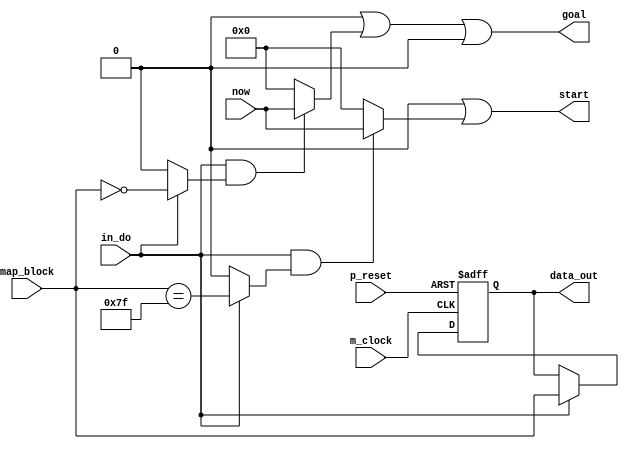

/*Produced by NSL Core(version=20240424), IP ARCH, Inc. Sun May 26 17:43:36 2024
 Licensed to :EVALUATION USER*/
/*
 DO NOT USE ANY PART OF THIS FILE FOR COMMERCIAL PRODUCTS. 
*/

module seach_block ( p_reset , m_clock , map_block , now , start , goal , data_out , in_do );
  input p_reset, m_clock;
  wire p_reset, m_clock;
  input [7:0] map_block;
  wire [7:0] map_block;
  input [7:0] now;
  wire [7:0] now;
  output [7:0] start;
  wire [7:0] start;
  output [7:0] goal;
  wire [7:0] goal;
  output [7:0] data_out;
  wire [7:0] data_out;
  input in_do;
  wire in_do;
  reg [7:0] data_reg;
  wire [6:0] _net_0;
  wire _net_1;
  wire _net_2;
  wire _net_4;
  wire _net_5;

   assign  _net_0 = ({({1'b1,1'b1,1'b1,1'b1,1'b1,1'b1}),1'b1});
   assign  _net_1 = 
// synthesis translate_off
// synopsys translate_off
(in_do)? 
// synthesis translate_on
// synopsys translate_on
((in_do)?(map_block==({1'b0,_net_0})):1'b0)
// synthesis translate_off
// synopsys translate_off
:1'bx
// synthesis translate_on
// synopsys translate_on
;
   assign  _net_2 = 
// synthesis translate_off
// synopsys translate_off
(in_do)? 
// synthesis translate_on
// synopsys translate_on
((in_do)?(map_block==({({1'b0,1'b0,1'b0,1'b0,1'b0,1'b0,1'b0}),1'b0})):1'b0)
// synthesis translate_off
// synopsys translate_off
:1'bx
// synthesis translate_on
// synopsys translate_on
;

// synthesis translate_off
// synopsys translate_off
always @(posedge m_clock)
  begin
    if((in_do&_net_2))
    begin
    $display("%h,%dgoal,%d",map_block,now,data_reg);
    end
  end

// synthesis translate_on
// synopsys translate_on
   assign  _net_4 = 
// synthesis translate_off
// synopsys translate_off
(in_do)? 
// synthesis translate_on
// synopsys translate_on
((in_do)?((map_block[7])==1'b1):1'b0)
// synthesis translate_off
// synopsys translate_off
:1'bx
// synthesis translate_on
// synopsys translate_on
;
   assign  _net_5 = 
// synthesis translate_off
// synopsys translate_off
(in_do)? 
// synthesis translate_on
// synopsys translate_on
((in_do)?((map_block[6:5])==2'b10):1'b0)
// synthesis translate_off
// synopsys translate_off
:1'bx
// synthesis translate_on
// synopsys translate_on
;

// synthesis translate_off
// synopsys translate_off
always @(posedge m_clock or posedge p_reset)
  begin
if (((((in_do&_net_5)&(in_do&_net_4))|(((in_do&_net_5)|(in_do&_net_4))&(in_do&_net_2)))|((((in_do&_net_5)|(in_do&_net_4))|(in_do&_net_2))&(in_do&_net_1))))
 begin $display("Warning: assign collision(seach_block:start) at %d",$time);
if ((in_do&_net_5)) $display("assert ((in_do&_net_5)) line 22 at %d\n",$time);
if ((in_do&_net_4)) $display("assert ((in_do&_net_4)) line 18 at %d\n",$time);
if ((in_do&_net_2)) $display("assert ((in_do&_net_2)) line 13 at %d\n",$time);
if ((in_do&_net_1)) $display("assert ((in_do&_net_1)) line 9 at %d\n",$time);
 end
 end

// synthesis translate_on
// synopsys translate_on
   assign  start = 
// synthesis translate_off
// synopsys translate_off
(((((in_do&_net_5)&(in_do&_net_4))|(((in_do&_net_5)|(in_do&_net_4))&(in_do&_net_2)))|((((in_do&_net_5)|(in_do&_net_4))|(in_do&_net_2))&(in_do&_net_1))))? 8'bx :(((((in_do&_net_5)|(in_do&_net_4))|(in_do&_net_2))|(in_do&_net_1)))? 
// synthesis translate_on
// synopsys translate_on
(((in_do&_net_5))?8'b00000000:8'b0)|
    (((in_do&_net_4))?8'b00000000:8'b0)|
    (((in_do&_net_2))?8'b00000000:8'b0)|
    (((in_do&_net_1))?now:8'b0)
// synthesis translate_off
// synopsys translate_off
:8'bx
// synthesis translate_on
// synopsys translate_on
;

// synthesis translate_off
// synopsys translate_off
always @(posedge m_clock or posedge p_reset)
  begin
if (((((in_do&_net_5)&(in_do&_net_4))|(((in_do&_net_5)|(in_do&_net_4))&(in_do&_net_2)))|((((in_do&_net_5)|(in_do&_net_4))|(in_do&_net_2))&(in_do&_net_1))))
 begin $display("Warning: assign collision(seach_block:goal) at %d",$time);
if ((in_do&_net_5)) $display("assert ((in_do&_net_5)) line 23 at %d\n",$time);
if ((in_do&_net_4)) $display("assert ((in_do&_net_4)) line 19 at %d\n",$time);
if ((in_do&_net_2)) $display("assert ((in_do&_net_2)) line 14 at %d\n",$time);
if ((in_do&_net_1)) $display("assert ((in_do&_net_1)) line 10 at %d\n",$time);
 end
 end

// synthesis translate_on
// synopsys translate_on
   assign  goal = 
// synthesis translate_off
// synopsys translate_off
(((((in_do&_net_5)&(in_do&_net_4))|(((in_do&_net_5)|(in_do&_net_4))&(in_do&_net_2)))|((((in_do&_net_5)|(in_do&_net_4))|(in_do&_net_2))&(in_do&_net_1))))? 8'bx :(((((in_do&_net_5)|(in_do&_net_4))|(in_do&_net_2))|(in_do&_net_1)))? 
// synthesis translate_on
// synopsys translate_on
(((in_do&_net_5))?8'b00000000:8'b0)|
    (((in_do&_net_4))?8'b00000000:8'b0)|
    (((in_do&_net_2))?now:8'b0)|
    (((in_do&_net_1))?8'b00000000:8'b0)
// synthesis translate_off
// synopsys translate_off
:8'bx
// synthesis translate_on
// synopsys translate_on
;
   assign  data_out = data_reg;
always @(posedge m_clock or posedge p_reset)
  begin
if (p_reset)
     data_reg <= 8'b00000000;
else if (in_do)
      data_reg <= map_block;
end
endmodule

/*Produced by NSL Core(version=20240424), IP ARCH, Inc. Sun May 26 17:43:36 2024
 Licensed to :EVALUATION USER*/